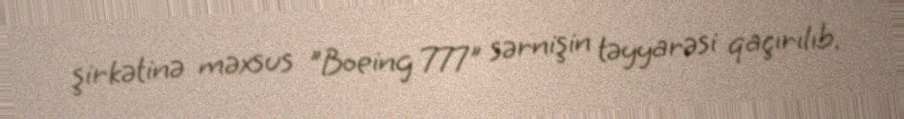
şirkətinə məxsus "Boeing 777" sərnişin təyyarəsi qaçırılıb.